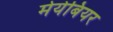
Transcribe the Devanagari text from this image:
मेयेबियर